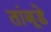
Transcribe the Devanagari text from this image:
तांबूडे